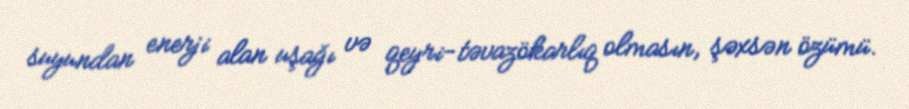
suyundan enerji alan uşağı və qeyri-təvazökarlıq olmasın, şəxsən özümü.